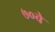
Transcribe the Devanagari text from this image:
७०वे